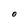
Character: O